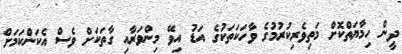
ދީން ހިމާޔަތްކޮށް މަތިވެރިކުރުމުގެ ވާހަކަތަކުގެ އަޑު އިވޭ މިންވަރާއި ގާތަކަށް ވެސް އެކަންކަމަށް